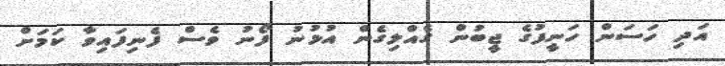
އަދި ހަސަން ހަނީފުގެ ޖީބުން ގެއްލިގެން އުޅުނު ފޯނު ވެސް ފެނިފައިވާ ކަމަށް